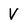
Character: V